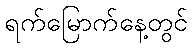
ရက်မြောက်နေ့တွင်